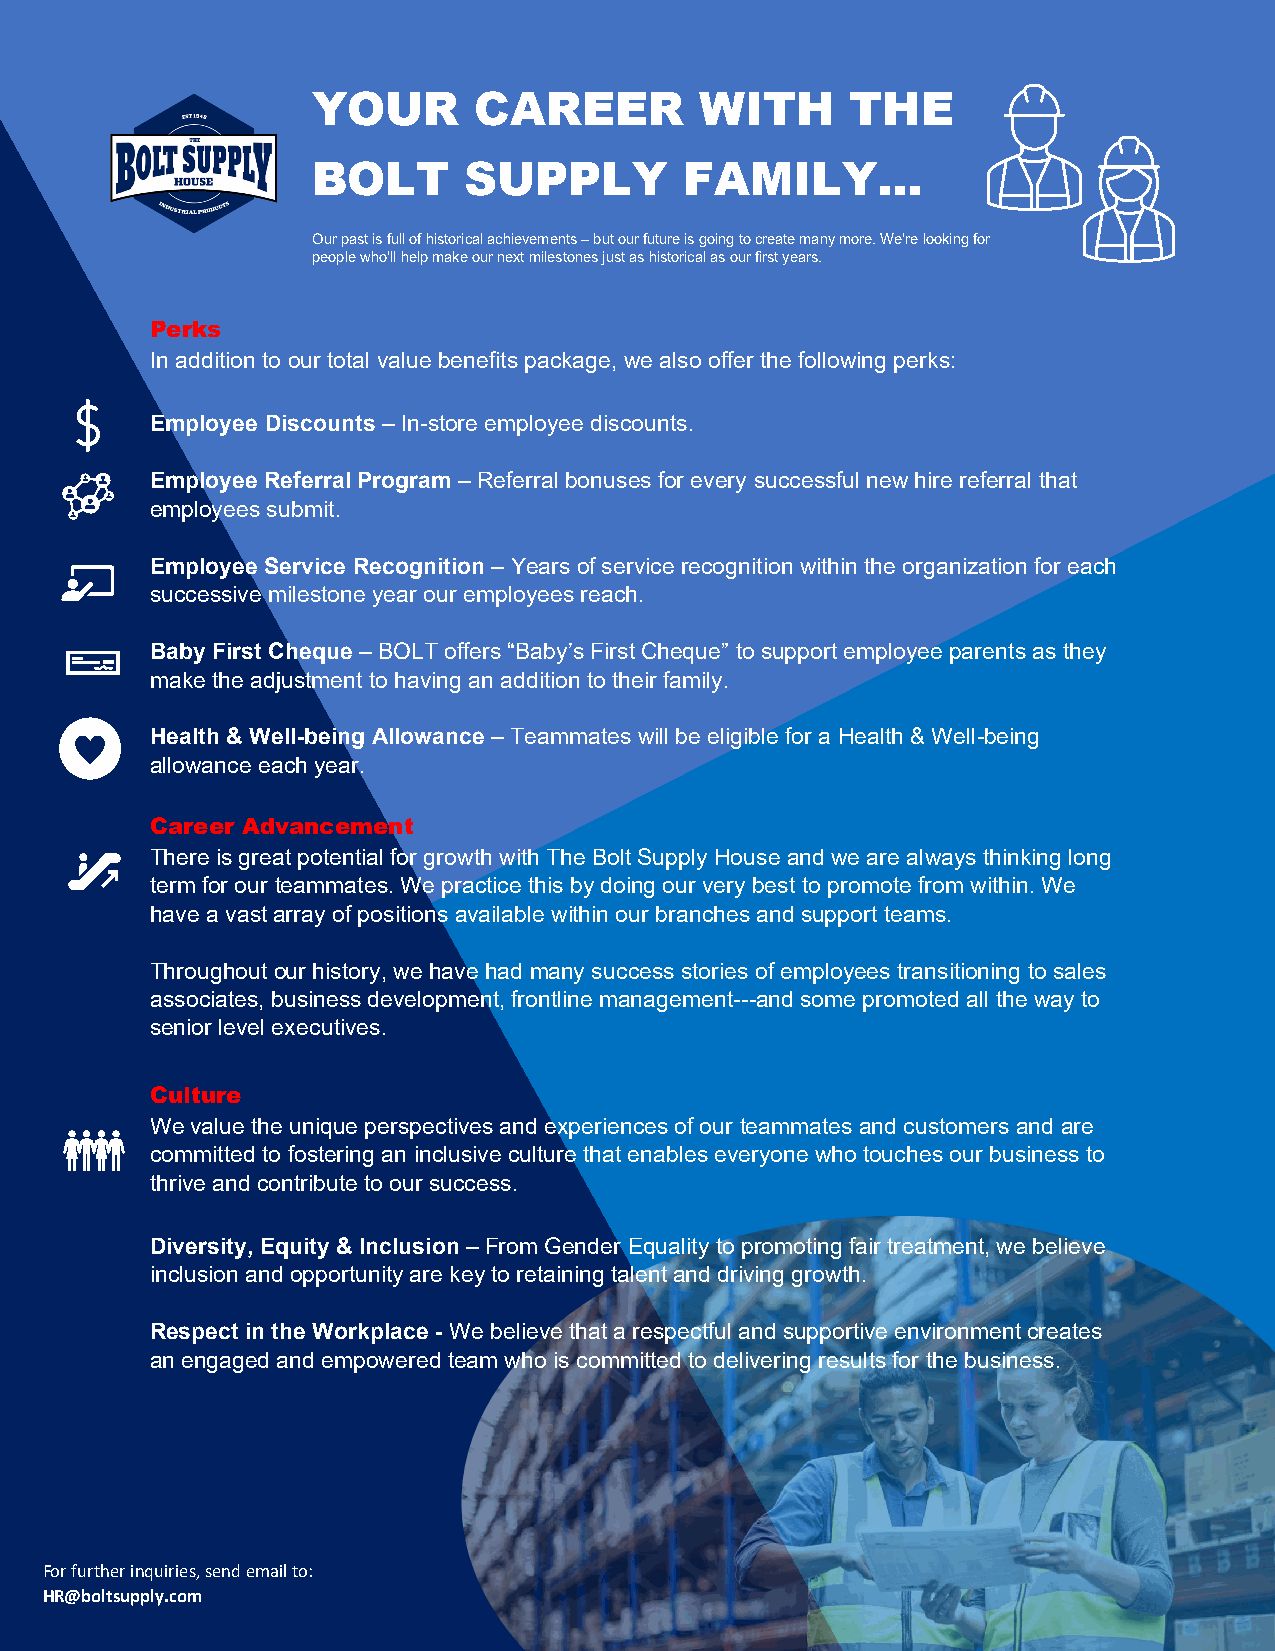
YOUR      CAREER         WITH      THE
 BOLT      SUPPLY        FAMILY…
 Our past is full of historical achievements – but our future is going to create many more. We’re looking for
 people who’ll help make our next milestones just as historical as our first years.
 Perks
 In addition to our total value benefits package, we also offer the following perks:
 Employee Discounts – In-store employee discounts.
 Employee Referral Program – Referral bonuses for every successful new hire referral that
 employees submit.
 Employee Service Recognition – Years of service recognition within the organization for each
 successive milestone year our employees reach.
 Baby First Cheque – BOLT offers “Baby’s First Cheque” to support employee parents as they
 make the adjustment to having an addition to their family.
 Health & Well-being Allowance – Teammates will be eligible for a Health & Well-being
 allowance each year.
 Career Advancement
 There is great potential for growth with The Bolt Supply House and we are always thinking long
 term for our teammates. We practice this by doing our very best to promote from within. We
 have a vast array of positions available within our branches and support teams.
 Throughout our history, we have had many success stories of employees transitioning to sales
 associates, business development, frontline management---and some promoted all the way to
 senior level executives.
 Culture
 We value the unique perspectives and experiences of our teammates and customers and are
 committed to fostering an inclusive culture that enables everyone who touches our business to
 thrive and contribute to our success.
 Diversity, Equity & Inclusion – From Gender Equality to promoting fair treatment, we believe
 inclusion and opportunity are key to retaining talent and driving growth.
 Respect in the Workplace - We believe that a respectful and supportive environment creates
 an engaged and empowered team who is committed to delivering results for the business.
 For further inquiries, send email to:
 HR@boltsupply.com